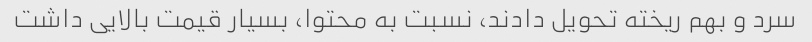
سرد و بهم ریخته تحویل دادند، نسبت به محتوا، بسیار قیمت بالایی داشت